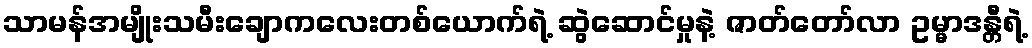
သာမန်အမျိုးသမီးချောကလေးတစ်ယောက်ရဲ့ ဆွဲဆောင်မှုနဲ့ ဇာတ်တော်လာ ဥမ္မာဒန္တီရဲ့